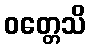
ဝတ္တေသိ